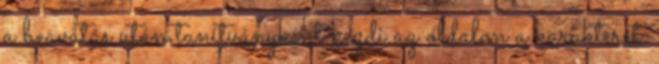
a beavatás után tanítványként kezdi az oldalon a karakterét.